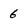
Character: 6